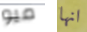
ميو انها